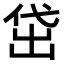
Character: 𬾚